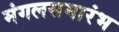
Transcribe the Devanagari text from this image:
मंगलसमारंभ